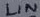
Text: LIN